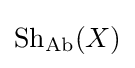
{\text{Sh}}_{\text{Ab}}(X)